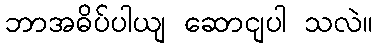
ဘာအဓိပ်ပါယျ ဆောငျပါ သလဲ။